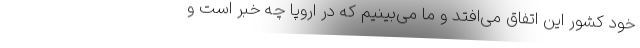
خود کشور این اتفاق می‌افتد و ما می‌بینیم که در اروپا چه خبر است و